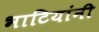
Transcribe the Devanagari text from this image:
भाटियांनी